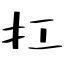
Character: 扛